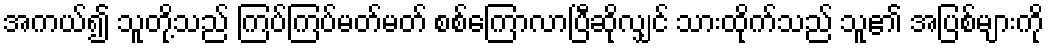
အကယ်၍ သူတို့သည် ကြပ်ကြပ်မတ်မတ် စစ်ကြောလာပြီဆိုလျှင် သားထိုက်သည် သူ၏ အပြစ်များကို